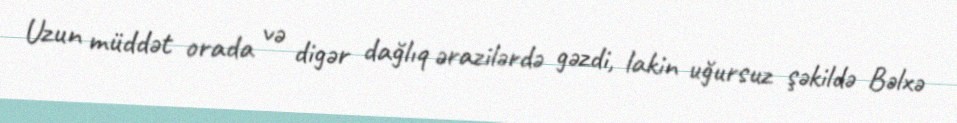
Uzun müddət orada və digər dağlıq ərazilərdə gəzdi, lakin uğursuz şəkildə Bəlxə